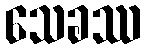
သေခဿ